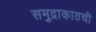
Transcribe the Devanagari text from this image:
समुद्राकाठची